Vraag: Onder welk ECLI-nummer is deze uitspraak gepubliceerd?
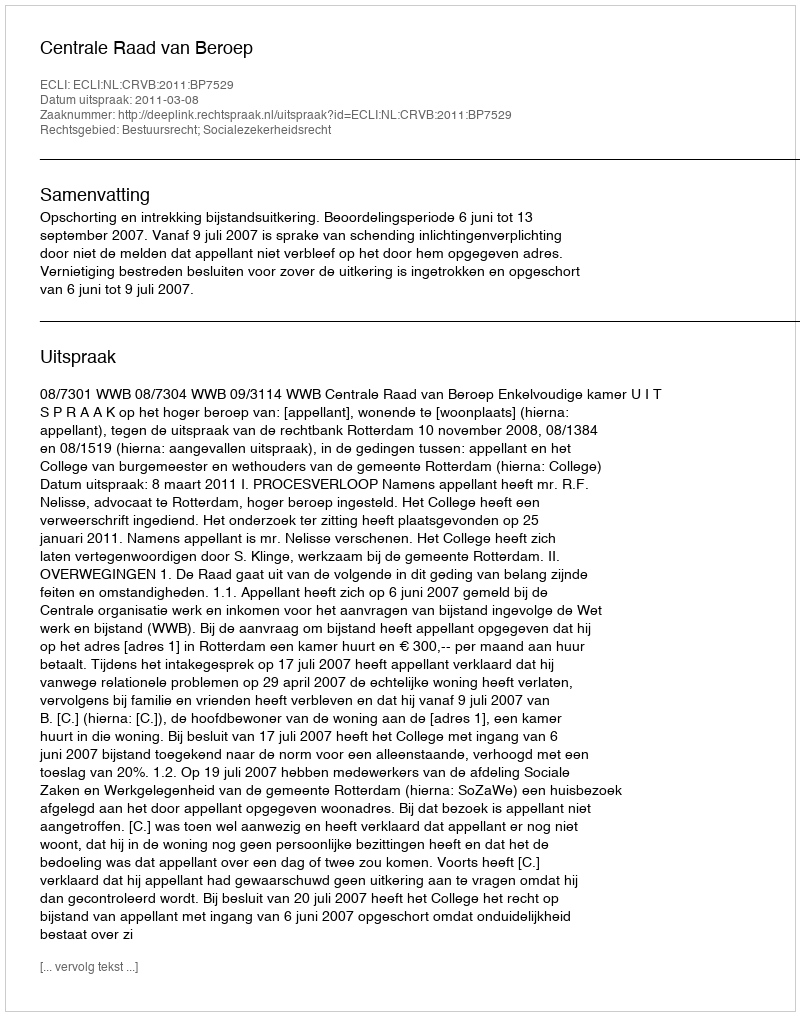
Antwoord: ECLI:NL:CRVB:2011:BP7529